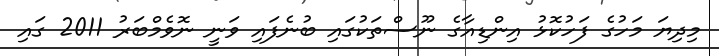
މިދިޔަ މަހުގެ ފަހުކޮޅު އިންޑިއާގެ ނޫސްތަކުގައި ބުނެފައި ވަނީ ނޮވެމްބަރު 2011 ގައި